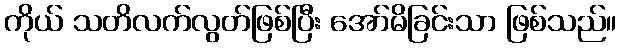
ကိုယ် သတိလက်လွတ်ဖြစ်ပြီး အော်မိခြင်းသာ ဖြစ်သည်။